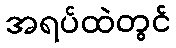
အရပ်ထဲတွင်